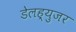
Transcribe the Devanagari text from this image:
डेलह्युजर